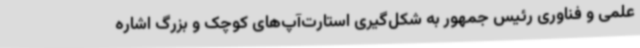
علمی و فناوری رئیس جمهور به شکل‌گیری استارت‌آپ‌های کوچک و بزرگ اشاره